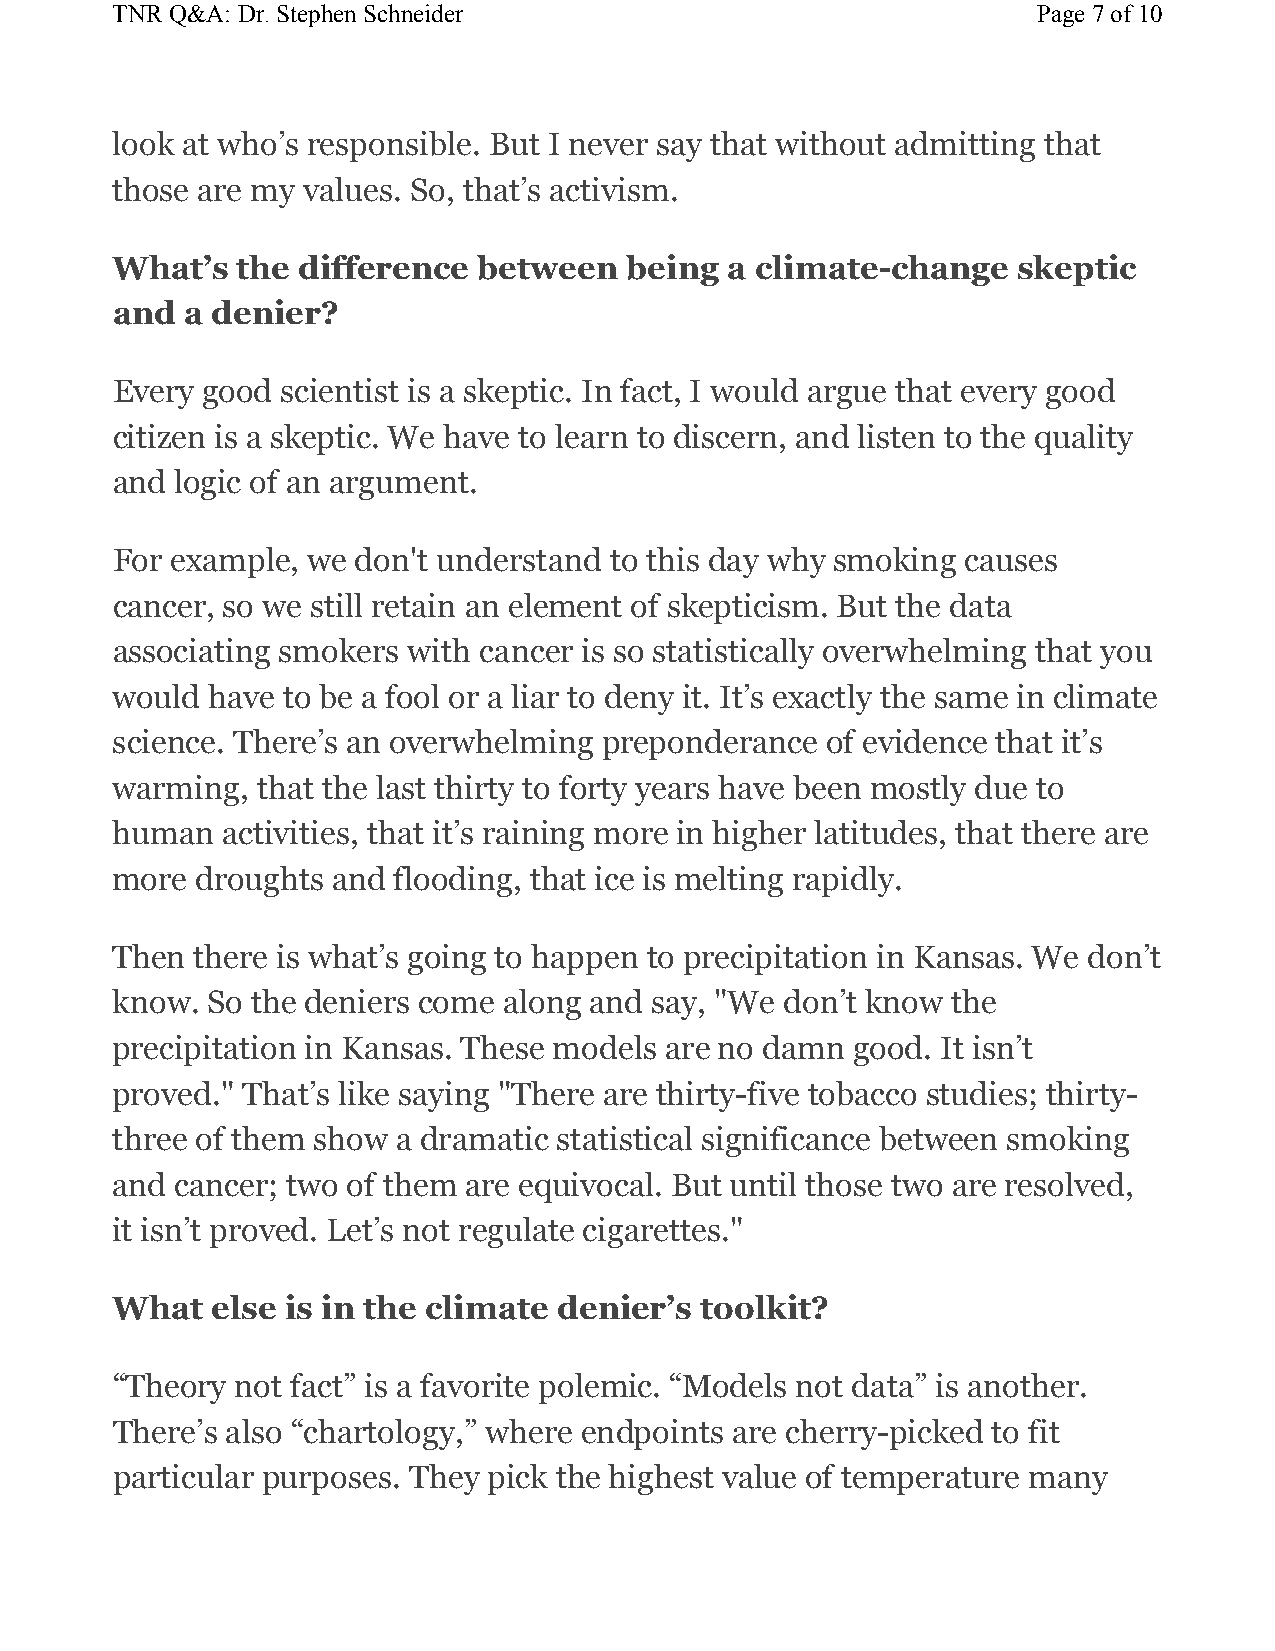
TNR Q&A: Dr. Stephen Schneider                                Page 7of 10
 look at who’s responsible. But I never say that without admitting that
 those are my values. So, that’s activism.
 What’s   the difference  between  being  a climate-change   skeptic
 and  a denier?
 Every good  scientist is a skeptic. In fact, I would argue that every good
 citizen is a skeptic. We have to learn to discern, and listen to the quality
 and  logic of an argument.
 For example, we  don't understand to this day why smoking causes
 cancer, so we still retain an element of skepticism. But the data
 associating smokers with cancer is so statistically overwhelming that you
 would  have to be a fool or a liar to deny it. It’s exactly the same in climate
 science. There’s an overwhelming preponderance  of evidence that it’s
 warming,  that the last thirty to forty years have been mostly due to
 human   activities, that it’s raining more in higher latitudes, that there are
 more  droughts and flooding, that ice is melting rapidly.
 Then  there is what’s going to happen to precipitation in Kansas. We don’t
 know.  So the deniers come along and say, "We don’t know the
 precipitation in Kansas. These models are no damn good. It isn’t
 proved." That’s like saying "There are thirty-five tobacco studies; thirty-
 three of them show a dramatic statistical significance between smoking
 and  cancer; two of them are equivocal. But until those two are resolved,
 it isn’t proved. Let’s not regulate cigarettes."
 What   else is in the climate denier’s toolkit?
 “Theory  not fact” is a favorite polemic. “Models not data” is another.
 There’s also “chartology,” where endpoints are cherry-picked to fit
 particular purposes. They pick the highest value of temperature many